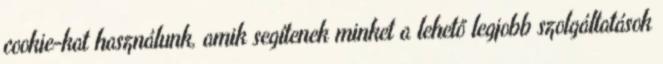
cookie-kat használunk, amik segítenek minket a lehető legjobb szolgáltatások